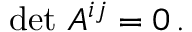
\operatorname* { d e t } \, { \cal A } ^ { i j } = 0 \, .